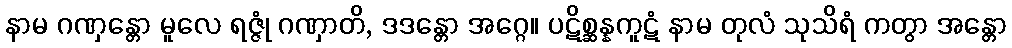
နာမ ဂဏှန္တော မူလေ ရဇ္ဇုံ ဂဏှာတိ, ဒဒန္တော အဂ္ဂေ။ ပဋိစ္ဆန္နကူဋံ နာမ တုလံ သုသိရံ ကတွာ အန္တော